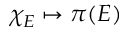
\chi _ { E } \mapsto \pi ( E )